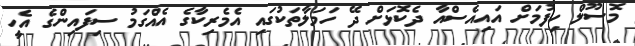
މޮސޫލް ހިފުމަށް އައިއެސްއާ ދެކޮޅަށް ދޭ ހަމަލާތަކުގައި އެމެރިކާގެ އެއްގަމު ސިފައިންގެ އެހީ